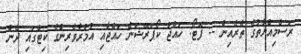
ރަސްމިއްޔާތުގެ ތެރެއިން -- ފޮޓޯ: ހައްޖު ކޯޕަރޭޝަން ހައްޖާއި އުމުރާވެރިންގެ ކިޓްގައި ދެން